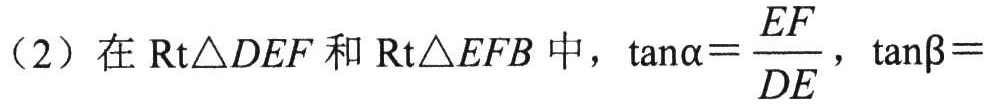
（2）在$\mathrm{Rt}\triangle DEF$和$\mathrm{Rt}\triangle EFB$中，$\tan\alpha = \dfrac{EF}{DE}$，$\tan\beta =$